Lunatic asylums Punjab 1911-1921 - 1911-1921
Year: 1911
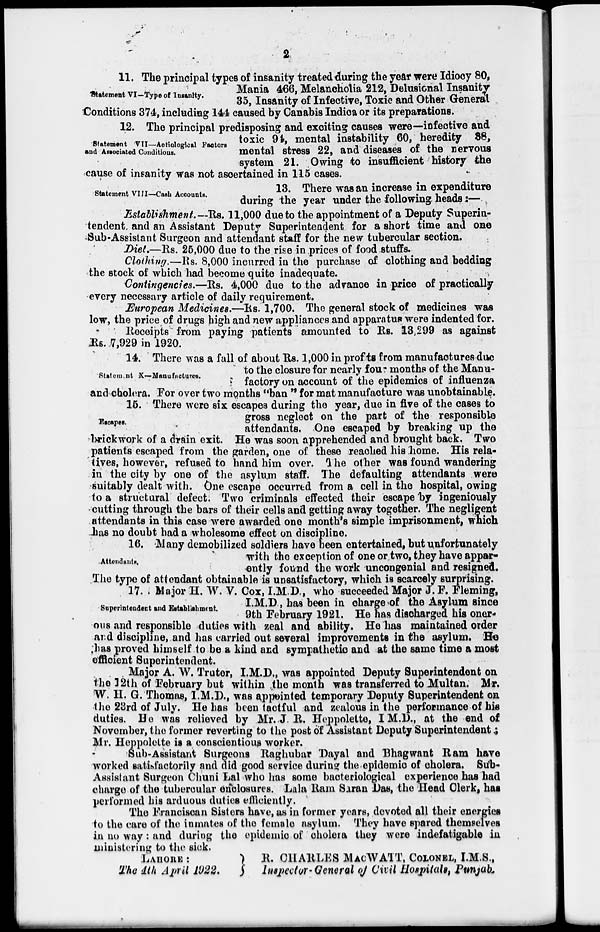
2
Statement VI-Type of Insanity.
11. The principal types of insanity treated during the year were Idiocy 80,
Mania 466, Melancholia 212, Delusional Insanity
35, Insanity of Infective, Toxic and Other General
Conditions 374, including 144 caused by Canabis Indica or its preparations.
Statement VII—Aetiological Factors
and Associated Conditions.
12. The principal predisposing and exciting causes were—infective and
toxic 94, mental instability 60, heredity 38,
mental stress 22, and diseases of the nervous
system 21. Owing to insufficient history the
cause of insanity was not ascertained in 115 cases.
Statement VIII—Caeh Accounts.
13. There was an increase in expenditure
during the year under the following heads:—
Establishment.—Rs. 11,000 due to the appointment of a Deputy Superin-
tendent, and an Assistant Deputy Superintendent for a short time and one
Sub-Assistant Surgeon and attendant staff for the new tubercular section.
Diet.—Rs. 25,000 due to the rise in prices of food stuffs.
Clothing.—Rs. 8,000 incurred in the purchase of clothing and bedding
the stock of which had become quite inadequate.
Contingencies.—Rs. 4,000 due to the advance in price of practically
every necessary article of daily requirement.
European Medicines.—Rs. 1,700. The general stock of medicines was
low, the price of drugs high and new appliances and apparatus were indented for.
Receipts from paying patients amounted to Rs. 13,299 as against
Rs. 7,929 in 1920.
Statement X—Manufacture.
14. There was a fall of about Rs. 1,000 in profits from manufactures due
to the closure for nearly four months of the Manu-
factory on account of the epidemics of influenza
and cholera. For over two months "ban " for mat manufacture was unobtainable.
Escapes.
16. There were six escapes during the year, due in five of the cases to
gross neglect on the part of the responsible
attendants. One escaped by breaking up the
brickwork of a drain exit. He was soon apprehended and brought back. Two
patients escaped from the garden, one of these reached his home. His rela-
tives, however, refused to hand him over. The other was found wandering
in the city by one of the asylum staff. The defaulting attendants were
suitably dealt with. One escape occurred from a cell in the hospital, owing
to a structural defect: Two criminals effected their escape by ingeniously
cutting through the bars of their cells and getting away together. The negligent
attendants in this case were awarded one month's simple imprisonment, which
has no doubt had a wholesome effect on discipline.
Attendants.
16. Many demobilized soldiers have been entertained, but unfortunately
with the exception of one or two, they have appar-
ently found the work uncongenial and resigned.
The type of attendant obtainable is unsatisfactory, which is scarcely surprising.
Superintendent and Establishment.
17. Major H. W. V. Cox, I.M.D., who succeeded Major J.F. Fleming,
I.M.D., has been in charge of the Asylum since
9th February 1921. He has discharged his oner-
ous and responsible duties with zeal and ability. He has maintained order
and discipline, and has carried out several improvements in the asylum. Be
has proved himself to be a kind and sympathetic and at the same time a most
efficient Superintendent.
Major A. W. Truter, I,M.D., was appointed Deputy Superintendent on
the 12th of February but within the month was transferred to Multan. Mr.
W. H. G. Thomas, I.M.D., was appointed temporary Deputy Superintendent on
the 28rd of July. He has been tactful and zealous in the performance of his
duties. He was relieved by Mr. J. B. Heppolette, I.M.D., at the end of
November, the former reverting to the post of Assistant Deputy Superintendent :
Mr. Heppolette is a conscientious worker.
Sub-Assistant Surgeons Raghubar Dayal and Bhagwant Ram have
worked satisfactorily and did good service during the epidemic of cholera. Sub-
Assistant Surgeon Chuni Lal who has some bacteriological experience has had
charge of the tubercular enblosures. Lala Ram Saran Das, the Head Clerk, has
performed his arduous duties efficiently.
The Franciscan Sisters have, as in former years, devoted all their energies
to the care of the inmates of the female asylum. They have spared themselves
in no way: and during the epidemic of cholera they were indefatigable in
ministering to the sick.
LAHORE :
The 4th April 1922.
B. CHARLES MACWATT, COLONEL, I.M.S.,
Inspector-General of Civil Hospitals Punjab,